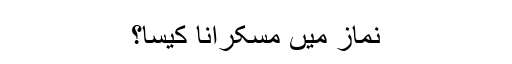
نماز میں مُسکرانا کیسا؟